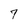
Character: 7